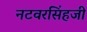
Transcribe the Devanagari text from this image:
नटवरसिंहजी